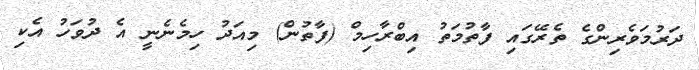
ދަރުމަވެރިންގެ ތެރޭގައި ފާތުމަތު އިބްރާހިމް (ފާތުން) މިއަދު ހިމެނެނީ އެ ދުވަހު އެކި